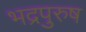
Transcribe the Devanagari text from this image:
भद्रपुरुष